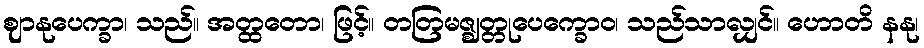
ဈာနုပေက္ခာ၊ သည်။ အတ္ထတော၊ ဖြင့်။ တတြမဇ္ဈတ္တုပေက္ခောဝ၊ သည်သာလျှင်။ ဟောတိ နနု၊